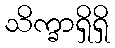
သိက္ခာရှိရှိ